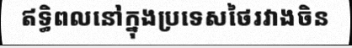
ឥទ្ធិពលនៅក្នុងប្រទេសថៃរវាងចិន